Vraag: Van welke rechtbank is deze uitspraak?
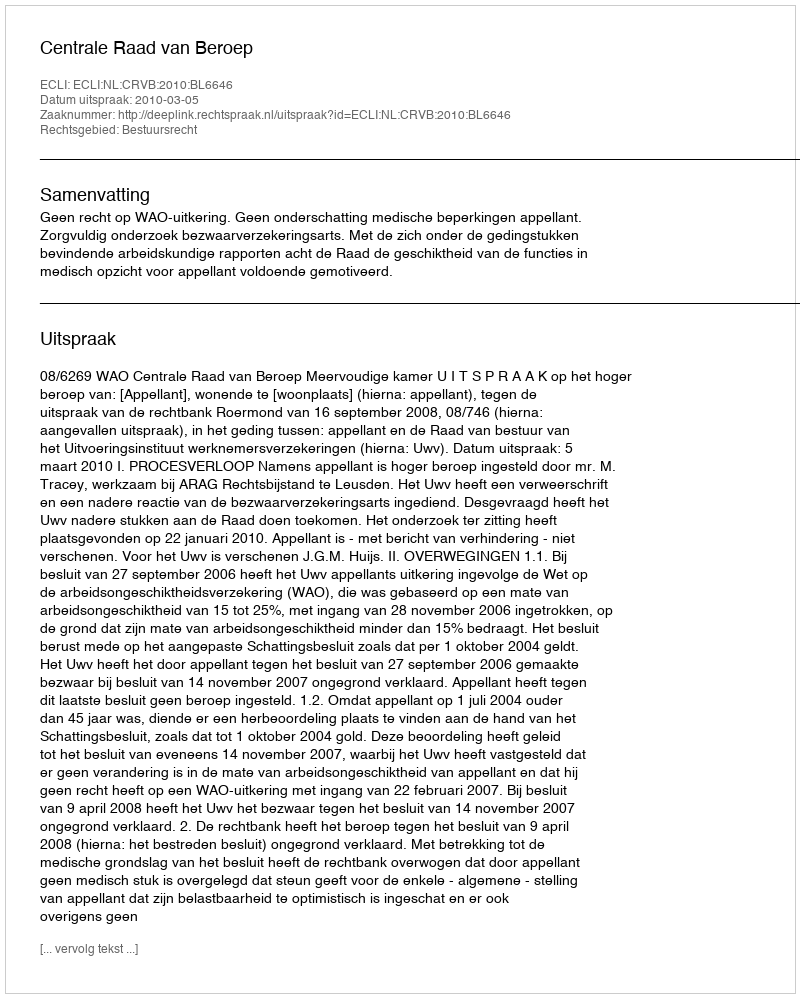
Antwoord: Centrale Raad van Beroep